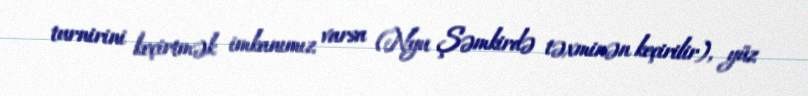
turnirini keçirtmək imkanımız varsa (Nyu Şəmkirdə təxminən keçirilir), yüz